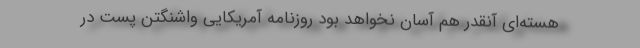
هسته‌ای آنقدر هم آسان نخواهد بود روزنامه آمریکایی واشنگتن پست در